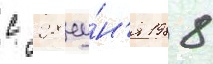
с 28 иу́н'я 1988